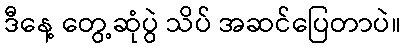
ဒီနေ့ တွေ့ဆုံပွဲ သိပ် အဆင်ပြေတာပဲ။